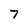
Character: 7